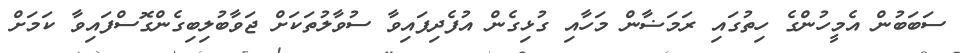
ސަބަބުން އެމީހުންގެ ހިތުގައި ރަމަޟާން މަހާއި ގުޅިގެން އުފެދިފައިވާ ސުވާލުތަކަށް ޖަވާބުލިބިގެންގޮސްފައިވާ ކަމަށް